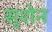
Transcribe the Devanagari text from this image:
सुशेन